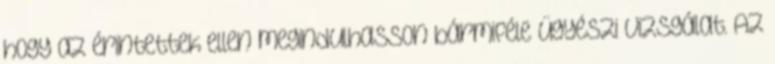
hogy az érintettek ellen megindulhasson bármiféle ügyészi vizsgálat. Az